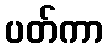
ပတ်ကာ